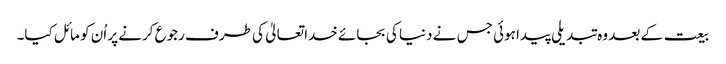
بیعت کے بعد وہ تبدیلی پیدا ہوئی جس نے دنیا کی بجائے خدا تعالیٰ کی طرف رجوع کرنے پر اُن کو مائل کیا۔